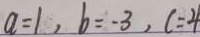
a = 1 , b = - 3 , c = 4